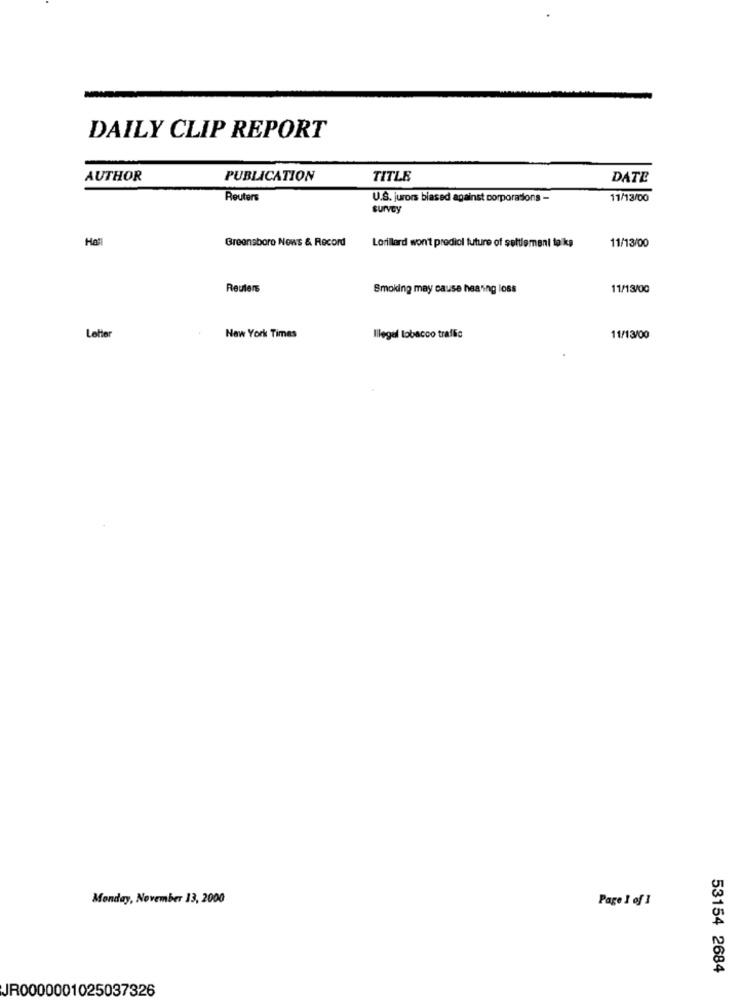
DAILY CLIP REPORT
AUTHOR
PUBLICATION
TITLE
DATE
Reuters
U.S. jurors biased against corporations -
11/13/00
survey
Hall
Greensboro News & Record
11/13/00
Lorillard won't predicl future of settlement talka
Reuters
Smoking may cause hearing loss
11/13/00
Letter
New York Times
Ilegal tobacco traffic
11/13/00
Monday, November 13, 2000
Page 1 of 1
53154 2684
JR0000001025037326